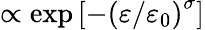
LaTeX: \propto\exp\left[-\left(\varepsilon/\varepsilon_{0}\right)^{\sigma}\right]